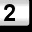
Digit: 2